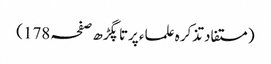
(مستفاد تذکرہ علماء پرتاپگڑھ صفحہ 178)